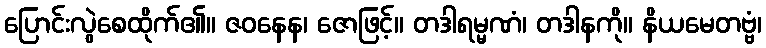
ပြောင်းလွဲစေထိုက်၏။ ဇဝနေန၊ ဇောဖြင့်။ တဒါရမ္မဏံ၊ တဒါနကို။ နိယမေတဗ္ဗံ၊